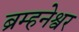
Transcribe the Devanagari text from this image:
ब्रम्हनेश्वर